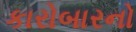
કારોબારનો